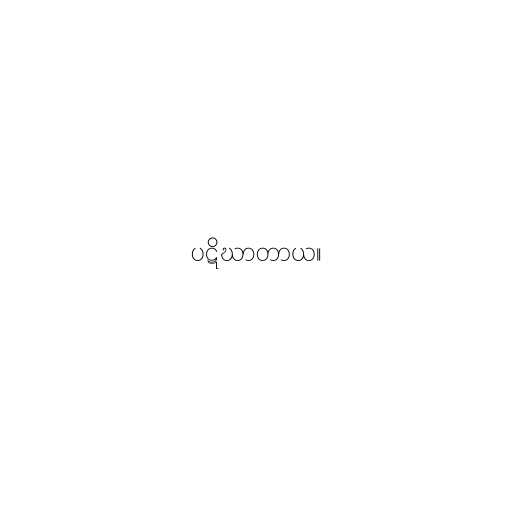
ပဋိဃာတာယ။